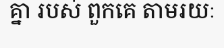
គ្នា របស់ ពួកគេ តាមរយៈ